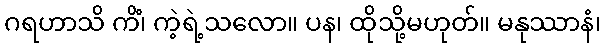
ဂရဟာသိ ကိံ၊ ကဲ့ရဲ့သလော။ ပန၊ ထိုသို့မဟုတ်။ မနုဿာနံ၊